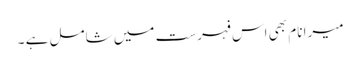
میرا نام بھی اس فہرست میں شامل ہے ۔